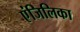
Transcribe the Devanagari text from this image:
एंजिलिका